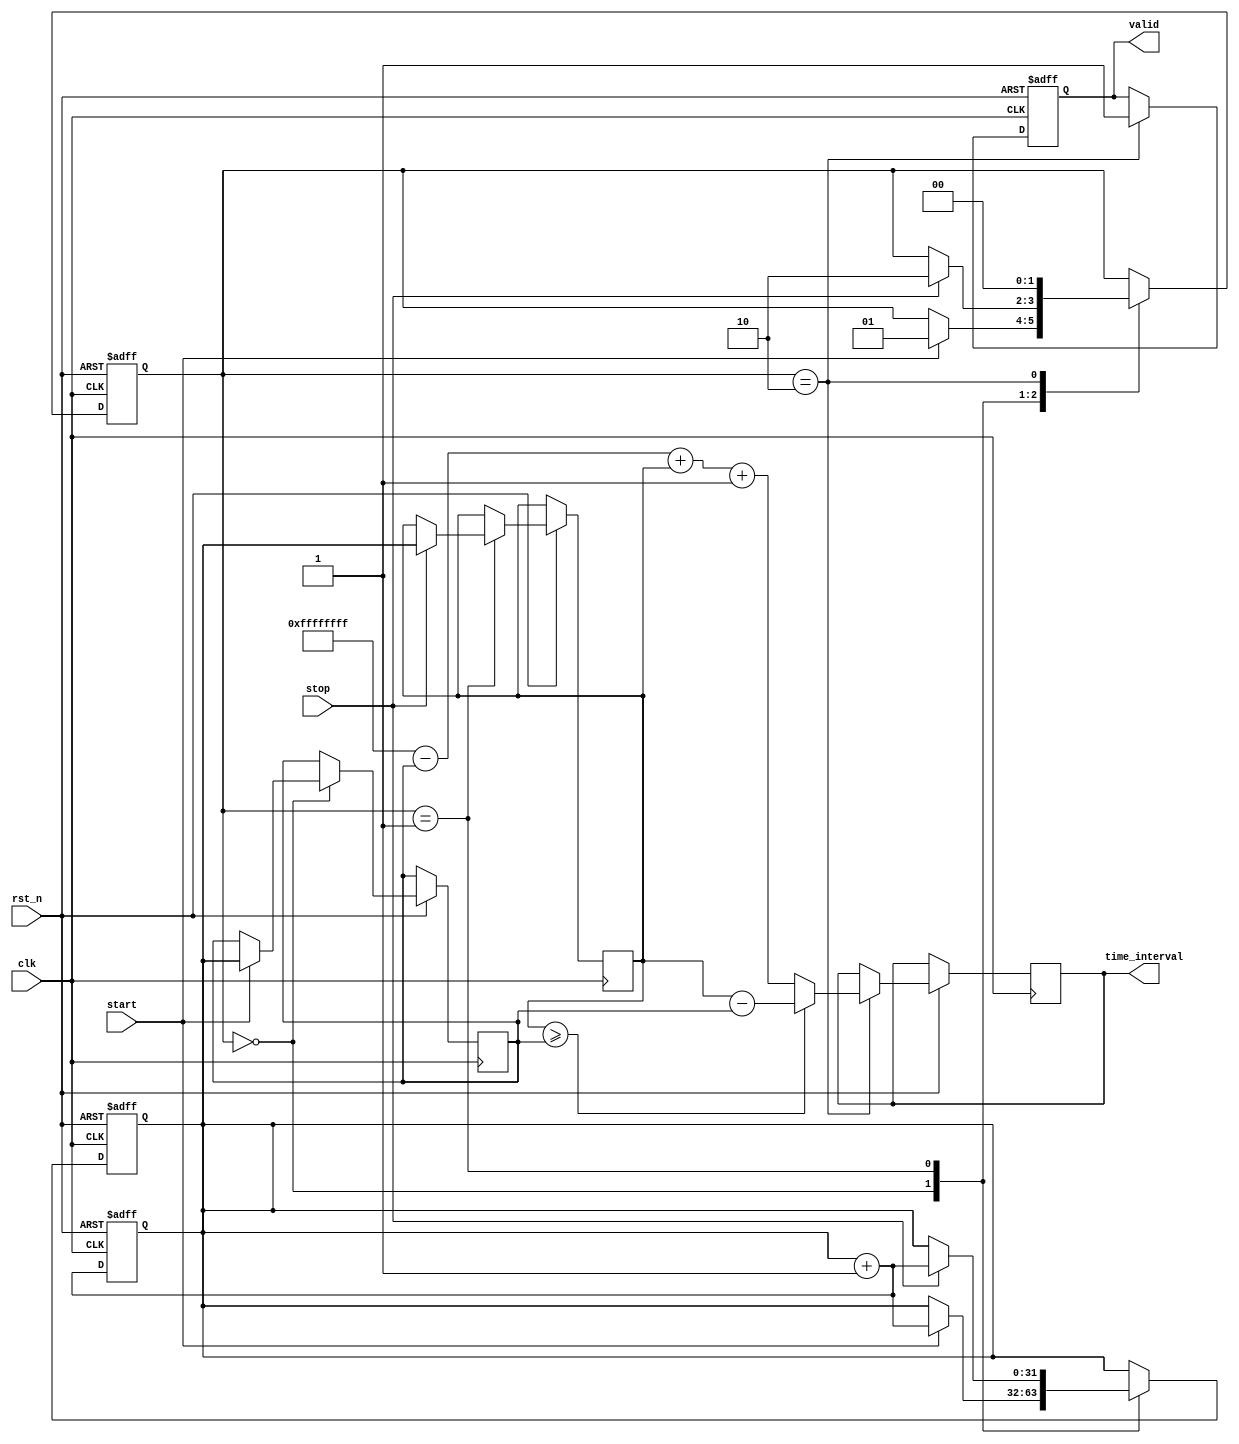
module TDC (
    input wire clk,               // High-speed clock (100 MHz)
    input wire rst_n,             // Active low reset
    input wire start,             // START event signal
    input wire stop,              // STOP event signal
    output reg [31:0] time_interval, // Measured time interval
    output reg valid              // Indicates valid output
);

// Parameters
parameter ADDR_WIDTH = 4;       // Address width for memory
parameter MEMORY_DEPTH = 1 << ADDR_WIDTH; // Memory depth based on address width

// Memory to store timestamps
reg [31:0] memory_start[0:MEMORY_DEPTH-1];
reg [31:0] memory_stop[0:MEMORY_DEPTH-1];

// Timestamps
reg [31:0] timestamp_start;
reg [31:0] timestamp_stop;

// Counter
reg [31:0] timestamp_counter;

// State definitions
reg [1:0] state;
localparam IDLE        = 2'd0,
           CAPTURE_START = 2'd1,
           CAPTURE_STOP  = 2'd2;

// State Machine
always @(posedge clk or negedge rst_n) begin
    if (!rst_n) begin
        state <= IDLE;
        timestamp_counter <= 32'd0;
        valid <= 1'b0;
    end else begin
        case (state)
            IDLE: begin
                if (start) begin
                    timestamp_counter <= timestamp_counter + 1; // Increment counter for timestamp
                    timestamp_start <= timestamp_counter;
                    // Store timestamp in memory (for simplicity using index 0)
                    memory_start[0] <= timestamp_start;
                    state <= CAPTURE_START;
                end
            end

            CAPTURE_START: begin
                if (stop) begin
                    timestamp_counter <= timestamp_counter + 1; // Increment counter for timestamp
                    timestamp_stop <= timestamp_counter;
                    // Store timestamp in memory (for simplicity using index 0)
                    memory_stop[0] <= timestamp_stop;
                    state <= CAPTURE_STOP;
                end
            end

            CAPTURE_STOP: begin
                // Calculate time interval
                if (timestamp_stop >= timestamp_start) begin
                    time_interval <= timestamp_stop - timestamp_start;
                end else begin
                    // Handle overflow
                    time_interval <= (32'hFFFFFFFF - timestamp_start) + timestamp_stop + 1;
                end
                valid <= 1'b1; // Indicate valid measurement
                state <= IDLE; // Return to idle
            end
        endcase
    end
end

// Counter Logic
always @(posedge clk or negedge rst_n) begin
    if (!rst_n) begin
        timestamp_counter <= 32'b0;
    end else begin
        timestamp_counter <= timestamp_counter + 1; // Continuously increment the timestamp counter
    end
end

endmodule